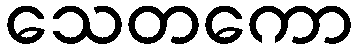
သေတကော